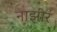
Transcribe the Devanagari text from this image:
नाझीर